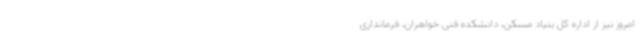
امروز نیز از اداره کل بنیاد مسکن، دانشکده فنی خواهران، فرمانداری